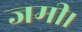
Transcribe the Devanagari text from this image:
जमी।